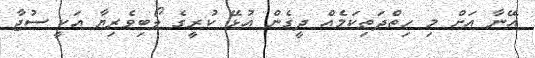
އޭނާ އަށް މި ހިތްދަތިކަމެއް ދީގެން އުޅޭ ކުރީގެ ލޯބިވެރިޔާ އަކީ ސުޖާ